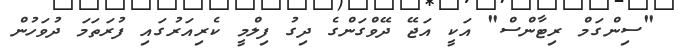
"ސިންގަމް ރިޓާންސް" އަކީ އަޖޭ ދޭވްގަންގެ ދިގު ފިލްމީ ކެރިއަރުގައި ފުރަތަމަ ދުވަހުން